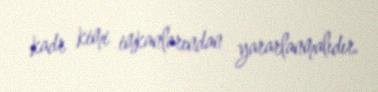
kadr kimi imkanlarından yararlanmalıdır.